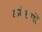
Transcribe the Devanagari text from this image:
कर्यरामों